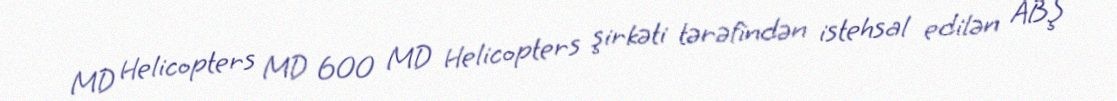
MD Helicopters MD 600 MD Helicopters şirkəti tərəfindən istehsal edilən ABŞ